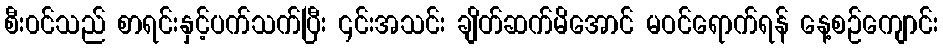
စီး၀င်သည် စာရင်းနှင့်ပက်သက်ပြီး ၎င်းအသင်း ချိတ်ဆက်မိအောင် မဝင်ရောက်ရန် နေ့စဉ်ကျောင်း